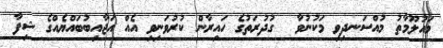
މައުލޫމާތު މުއްސަނދިވި މަކުނުވާ  ގުދުރަތުގެ ހައިރާން ކުރުވަނިވި އެއް އަޖާއިބުބައްޔެއްގެ ޝިފާ